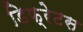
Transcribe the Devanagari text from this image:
डिफ्रेटस